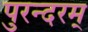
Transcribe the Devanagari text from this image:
पुरन्दरम्